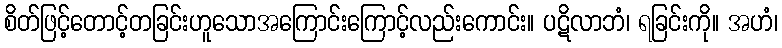
စိတ်ဖြင့်တောင့်တခြင်းဟူသောအကြောင်းကြောင့်လည်းကောင်း။ ပဋိလာဘံ၊ ရခြင်းကို။ အဟံ၊